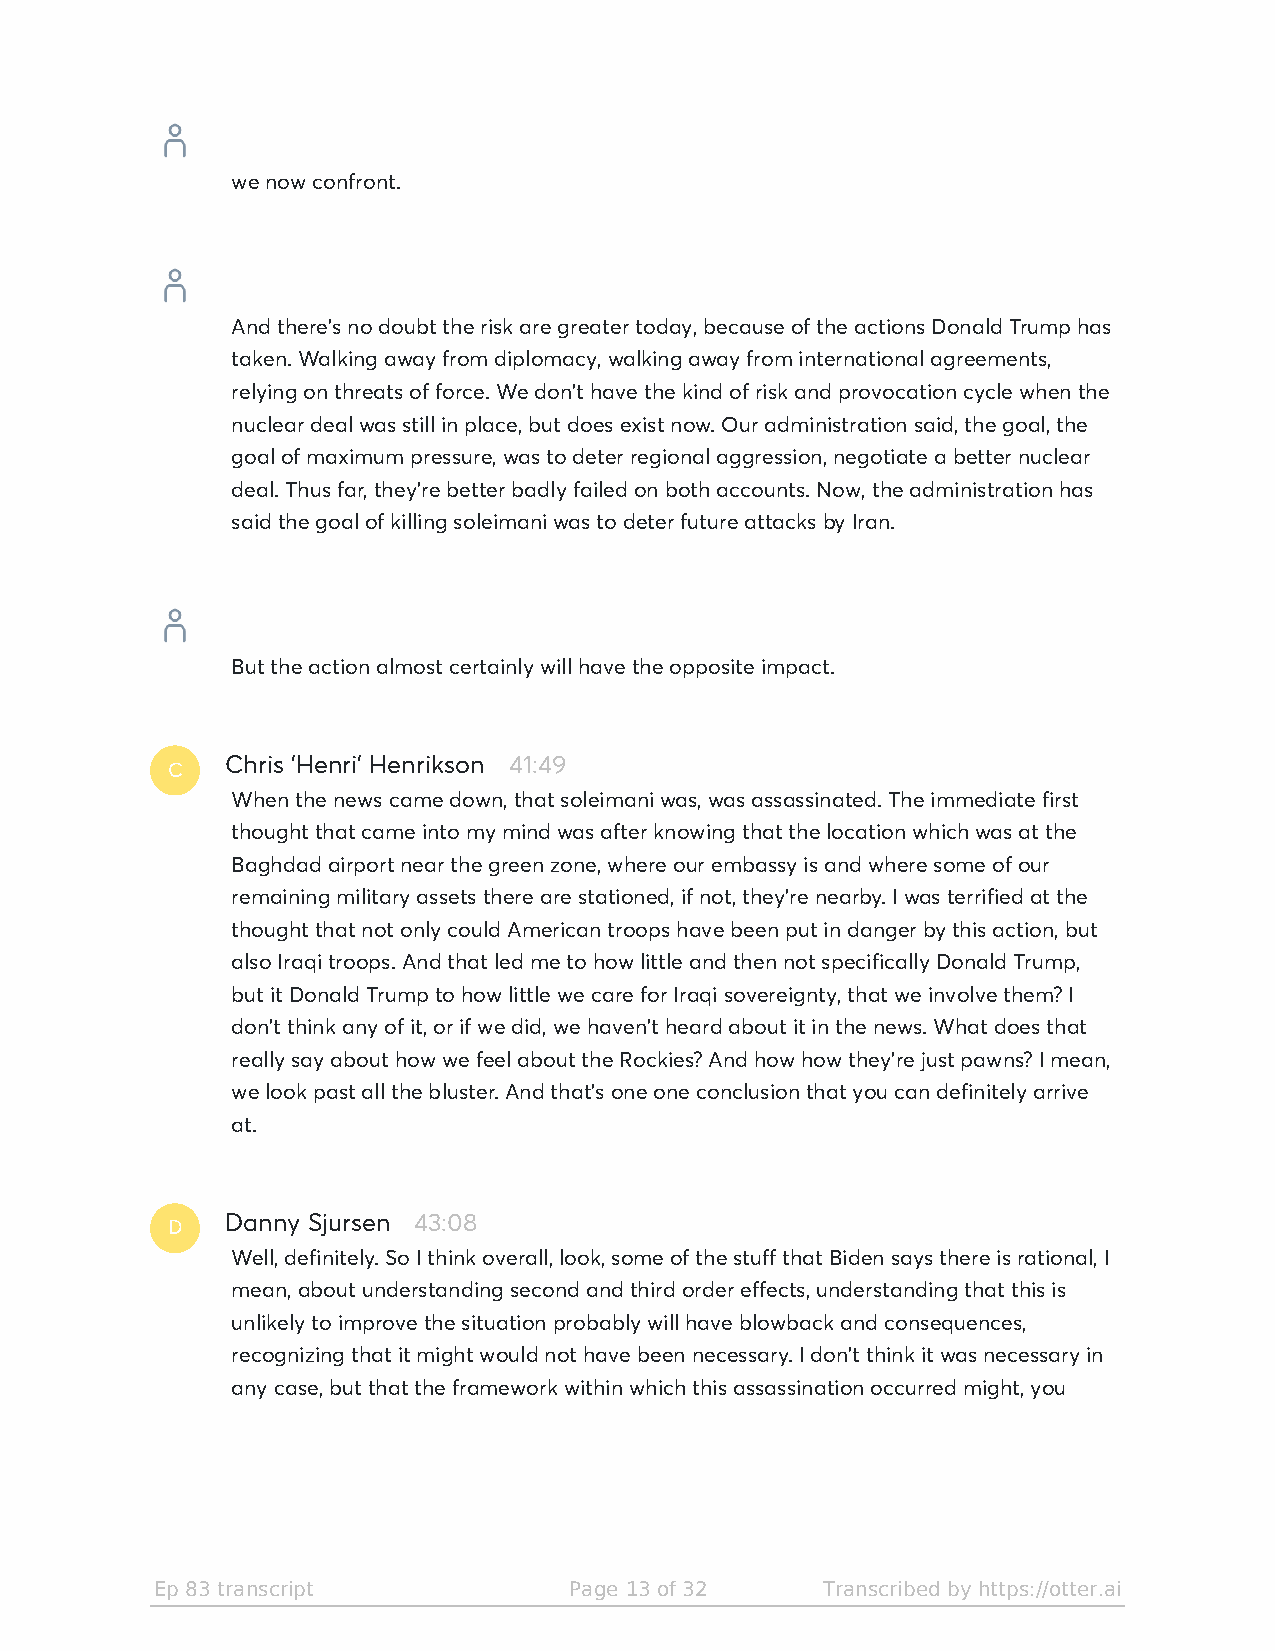
we now confront.
 And there's no doubt the risk are greater today, because of the actions Donald Trump has
 taken. Walking away from diplomacy, walking away from international agreements,
 relying on threats of force. We don't have the kind of risk and provocation cycle when the
 nuclear deal was still in place, but does exist now. Our administration said, the goal, the
 goal of maximum pressure, was to deter regional aggression, negotiate a better nuclear
 deal. Thus far, they're better badly failed on both accounts. Now, the administration has
 said the goal of killing soleimani was to deter future attacks by Iran.
 But the action almost certainly will have the opposite impact.
 C
 Chris 'Henri' Henrikson 41:49
 When the news came down, that soleimani was, was assassinated. The immediate first
 thought that came into my mind was after knowing that the location which was at the
 Baghdad airport near the green zone, where our embassy is and where some of our
 remaining military assets there are stationed, if not, they're nearby. I was terrified at the
 thought that not only could American troops have been put in danger by this action, but
 also Iraqi troops. And that led me to how little and then not specifically Donald Trump,
 but it Donald Trump to how little we care for Iraqi sovereignty, that we involve them? I
 don't think any of it, or if we did, we haven't heard about it in the news. What does that
 really say about how we feel about the Rockies? And how how they're just pawns? I mean,
 we look past all the bluster. And that's one one conclusion that you can definitely arrive
 at.
 D
 Danny Sjursen 43:08
 Well, definitely. So I think overall, look, some of the stuff that Biden says there is rational, I
 mean, about understanding second and third order effects, understanding that this is
 unlikely to improve the situation probably will have blowback and consequences,
 recognizing that it might would not have been necessary. I don't think it was necessary in
 any case, but that the framework within which this assassination occurred might, you
 Ep 83 transcript            Page 13 of 32   Transcribed by https://otter.ai